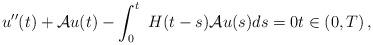
LaTeX: \begin{align*}u''(t) +\mathcal{A} u(t)-\int_0^t\ H(t-s) \mathcal{A} u(s)ds= 0t\in (0,T)\,,\end{align*}